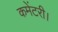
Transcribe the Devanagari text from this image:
कमेंटरी।